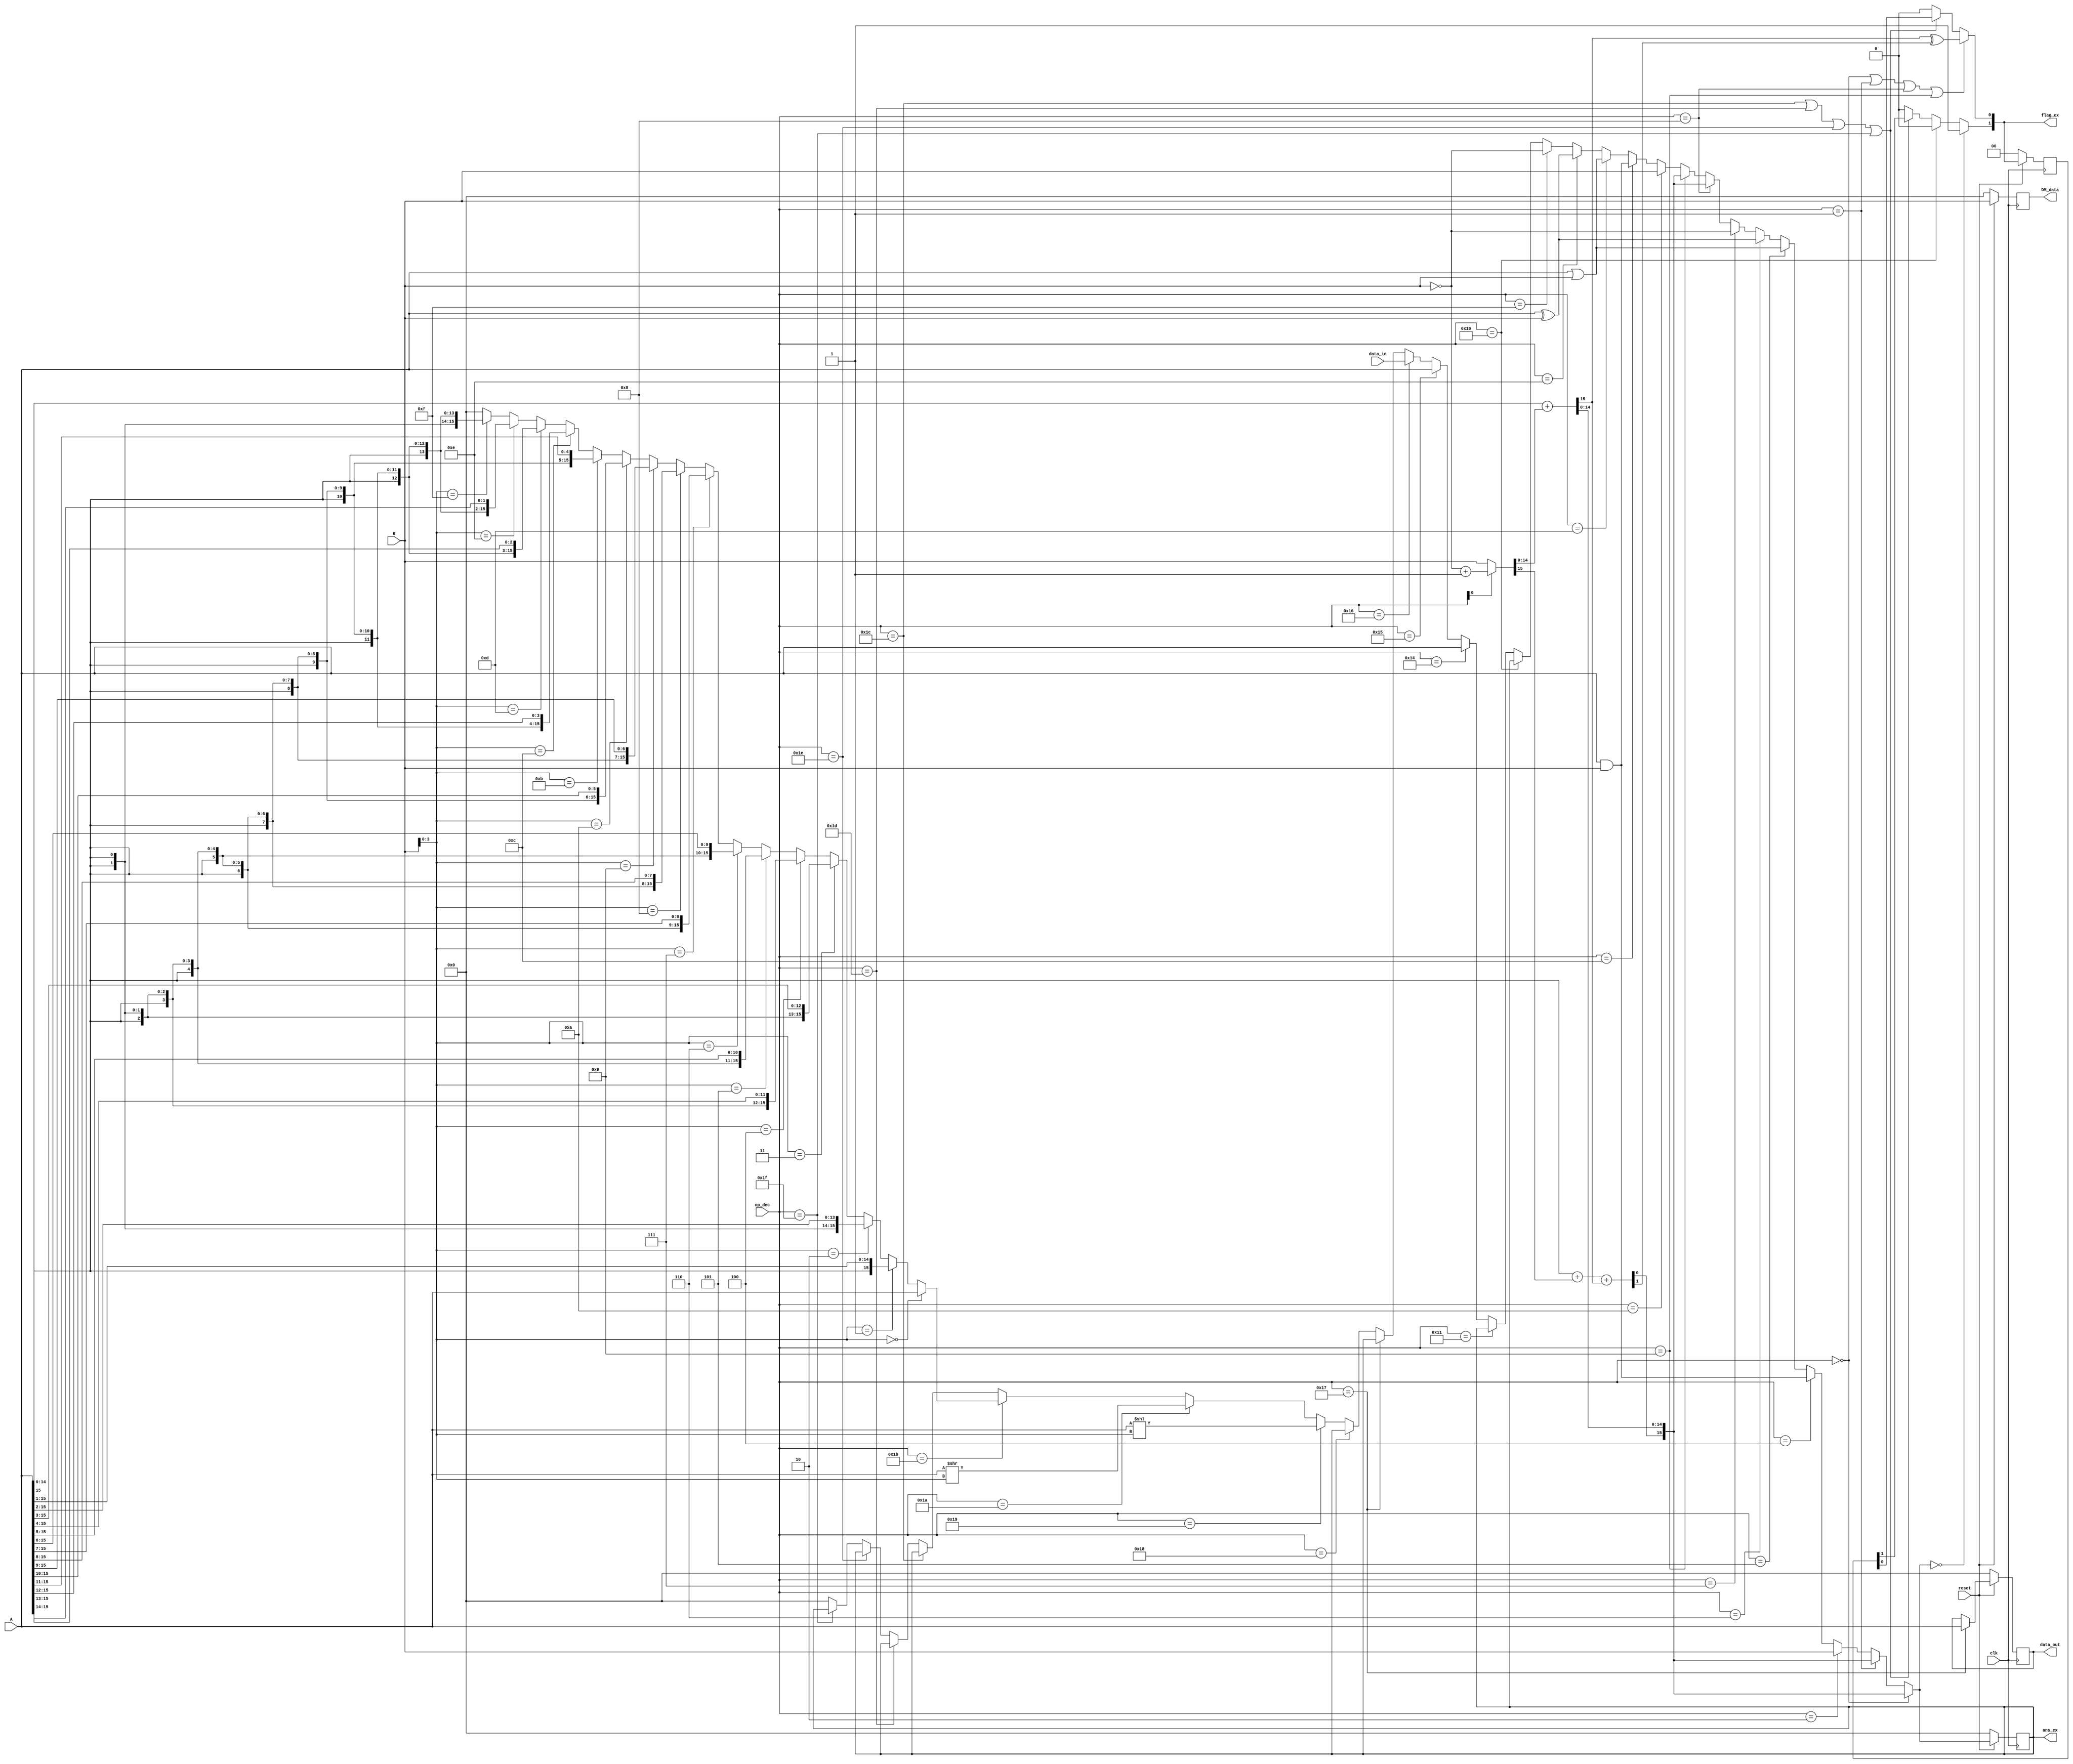
`timescale 1ns / 1ps
//////////////////////////////////////////////////////////////////////////////////
// Company: 
// Engineer: 
// 
// Design Name: 
// Module Name:    LAB1 
// Project Name: 
// Target Devices: 
// Tool versions: 
// Description: 
//
// Dependencies: 
//
// Revision: 
// Revision 0.01 - File Created
// Additional Comments: 
//
//////////////////////////////////////////////////////////////////////////////////
module LAB1(ans_ex,data_out,DM_data,flag_ex,data_in,op_dec,A,B,clk,reset);
output reg [15:0] ans_ex,DM_data,data_out;
output wire [1:0] flag_ex;
input [15:0] data_in,A,B;
input [5:0] op_dec;
input clk,reset;
wire [15:0] ans_tmp,data_out_buff;
reg [1:0] flag_prv;
wire[15:0] x;
wire c1,c2,v1;
wire [15:0] m;
wire [15:0] y;


assign m=(op_dec[0]==1'b0)?B:
		 (op_dec[0]==1'b1)?(~(B)+16'b0000000000000001):B;
			
			
assign {c1,x[14:0]}=A[14:0]+m[14:0];
assign {c2,x[15]}=A[15]+m[15]+c1;
assign v1=c1^c2;
assign y=(B[3:0]==4'b0000)?A:
		   (B[3:0]==4'b0001)?{A[15],A[15:1]}:
			(B[3:0]==4'b0010)?{{2{A[15]}},A[15:2]}:
			(B[3:0]==4'b0011)?{{3{A[15]}},A[15:3]}:
			(B[3:0]==4'b0100)?{{4{A[15]}},A[15:4]}:
			(B[3:0]==4'b0101)?{{5{A[15]}},A[15:5]}:
			(B[3:0]==4'b0110)?{{6{A[15]}},A[15:6]}:
			(B[3:0]==4'b0111)?{{7{A[15]}},A[15:7]}: 
			(B[3:0]==4'b1000)?{{8{A[15]}},A[15:8]}:
         (B[3:0]==4'b1001)?{{9{A[15]}},A[15:9]}:
         (B[3:0]==4'b1010)?{{10{A[15]}},A[15:10]}:
         (B[3:0]==4'b1011)?{{11{A[15]}},A[15:11]}:
         (B[3:0]==4'b1100)?{{12{A[15]}},A[15:12]}:
         (B[3:0]==4'b1101)?{{13{A[15]}},A[15:13]}:
         (B[3:0]==4'b1110)?{{14{A[15]}},A[15:14]}:
         (B[3:0]==4'b1111)?{{15{A[15]}},A[15]}:16'b0;
         
assign ans_tmp=(op_dec==6'b000000)?x:
					(op_dec==6'b000001)?x:
					(op_dec==6'b000010)?B:
					(op_dec==6'b000100)?A&B:
					(op_dec==6'b000101)?A|B:
					(op_dec==6'b000110)?A^B:
					(op_dec==6'b000111)?~(B):
					(op_dec==6'b001000)?x:
					(op_dec==6'b001001)?x:
					(op_dec==6'b001010)?B:
					(op_dec==6'b001100)?A&B:
					(op_dec==6'b001101)?A|B:
					(op_dec==6'b001110)?A^B:
					(op_dec==6'b001111)?~(B):
					(op_dec==6'b010000)?ans_ex:
					(op_dec==6'b010001)?ans_ex:
					(op_dec==6'b010100)?A:
					(op_dec==6'b010101)?A:
					(op_dec==6'b010110)?data_in:
					(op_dec==6'b010111)?ans_ex:
					(op_dec==6'b011000)?ans_ex:
					(op_dec==6'b011001)?A<<B[3:0]:
					(op_dec==6'b011010)?A>>B[3:0]:
					(op_dec==6'b011011)?y:
					(op_dec==6'b011100)?ans_ex:
					(op_dec==6'b011101)?ans_ex:
					(op_dec==6'b011110)?ans_ex:
					(op_dec==6'b011111)?ans_ex:16'b0000000000000000;

assign flag_ex[1]=(ans_tmp==0)?1'b1:(op_dec==6'b010000)||(op_dec==6'b010000)||(op_dec==6'b010000)||(op_dec==6'b010000)||(op_dec==6'b010000)||(op_dec==6'b010000)?1'b0:(op_dec==6'b011100)||(op_dec==6'b011101)||(op_dec==6'b011110)||(op_dec==6'b011111)?flag_prv[1]:1'b0;

assign flag_ex[0]=(op_dec==6'b000000)||(op_dec==6'b000001)||(op_dec==6'b001000)||(op_dec==6'b001001)?v1:(op_dec==6'b011100)||(op_dec==6'b011101)||(op_dec==6'b011110)||(op_dec==6'b011111)?flag_prv[0]:1'b0;

assign data_out_buff=(op_dec==6'b010111)?A:data_out;

always@(posedge clk)
begin
	if(reset==1'b0)
	begin
		data_out<=0;
		ans_ex<=0;
		DM_data<=0;
		flag_prv<=0;
	end	 
	
	else
	begin
		data_out<=data_out_buff;
		ans_ex<=ans_tmp;
		flag_prv<=flag_ex;
		DM_data<=B;
	end	
end						



endmodule